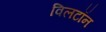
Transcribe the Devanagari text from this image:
विलटॉन